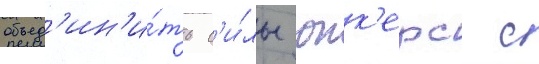
объед'ин'и́ть с'и́лы юнк'ерс с